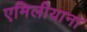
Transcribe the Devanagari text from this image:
एमिलीयाना